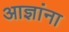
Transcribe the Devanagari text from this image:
आज्ञांना